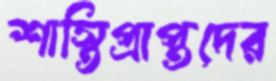
শাস্তিপ্রাপ্তদের